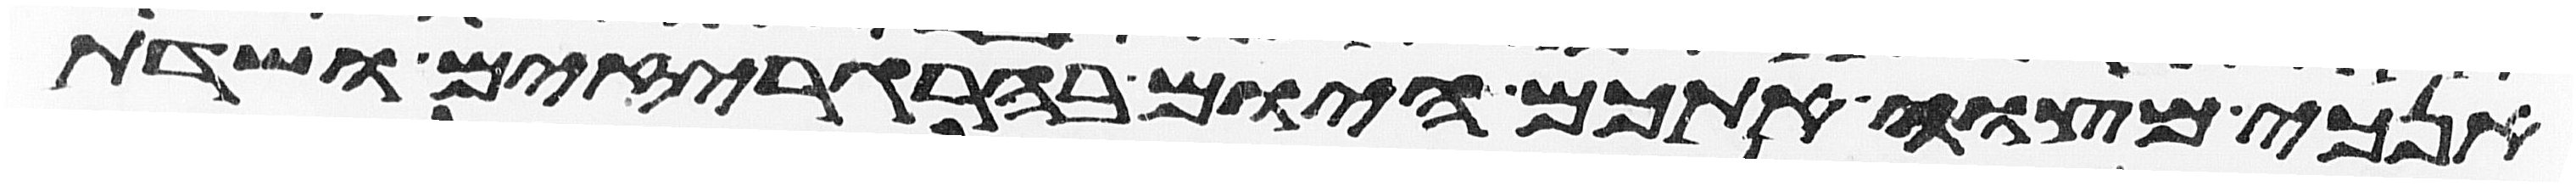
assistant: אנכי מצוה אתכם היום בהרגריזים ושדת